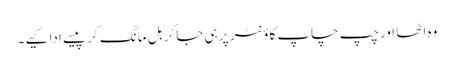
وہ اٹھا اور چپ چاپ کاؤنٹر پر ہی جا کر بل مانگ کر پیسے ادا کیے۔